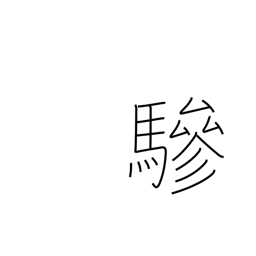
Meaning: extra driver or horse